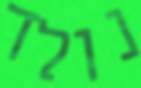
נולד